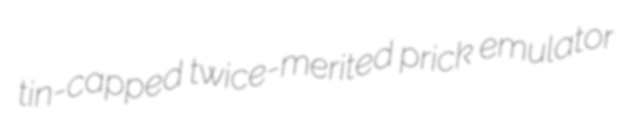
tin-capped twice-merited prick emulator